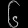
Digit: ၆